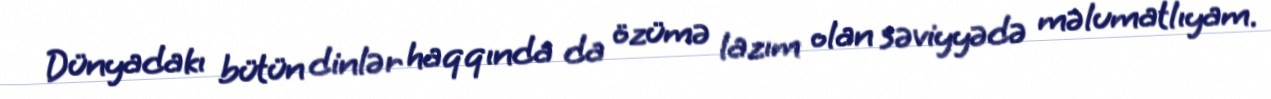
Dünyadakı bütün dinlər haqqında da özümə lazım olan səviyyədə məlumatlıyam.